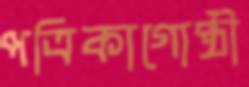
পত্রিকাগোষ্ঠী